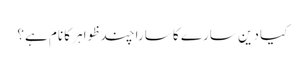
کیا دین سارے کا سارا چند ظواہر کا نام ہے؟